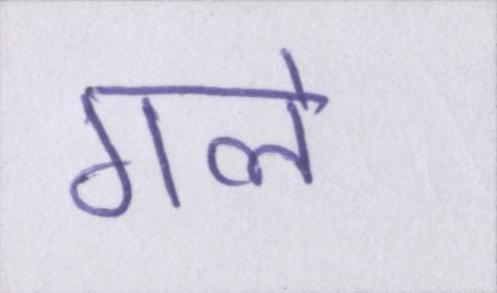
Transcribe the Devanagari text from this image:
गले